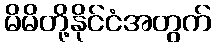
မိမိတို့နိုင်ငံအတွက်